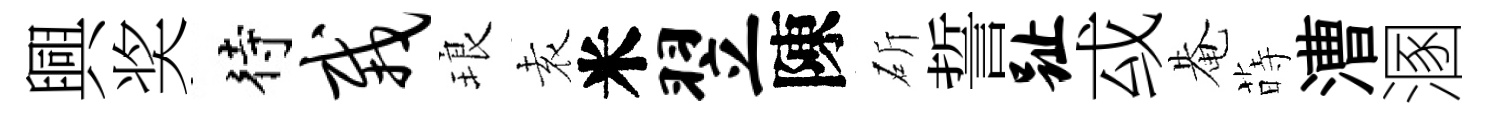
興奖待栽琅𡊮米翌陳斫誓趾㦯𤲅蒔漕溷